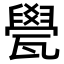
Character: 㽇